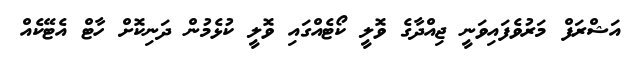
އަޝްރަފް މަރުވެފައިވަނީ ޖިއްދާގެ ވޮލީ ކޯޓެއްގައި ވޮލީ ކުޅެމުން ދަނިކޮށް ހާޓް އެޓޭކެއް